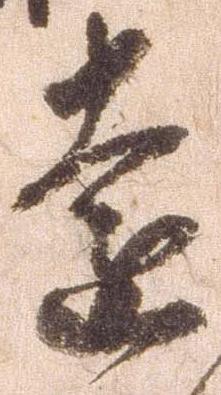
遠